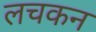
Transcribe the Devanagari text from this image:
लचकन